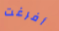
أفرغت